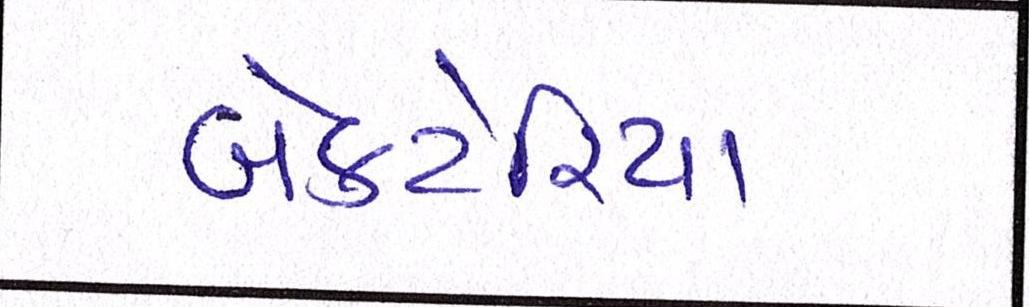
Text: બેક્ટેરિયા